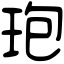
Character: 玸